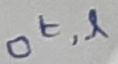
Text: Ot,l